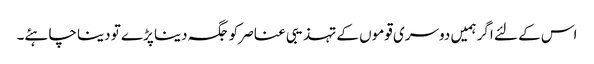
اس کے لئے اگر ہمیں دوسری قوموں کے تہذیبی عناصر کو جگہ دینا پڑے تو دینا چاہئے۔